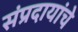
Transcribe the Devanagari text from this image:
संप्रदायांचे